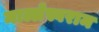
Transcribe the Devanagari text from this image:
माल्लेस्वराम